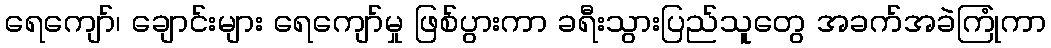
ရေကျော်၊ ချောင်းများ ရေကျော်မှု ဖြစ်ပွားကာ ခရီးသွားပြည်သူတွေ အခက်အခဲကြုံကာ